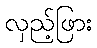
လှည့်ဖြား